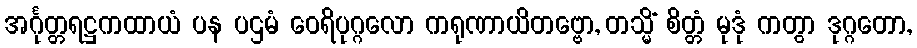
အင်္ဂုတ္တရဋ္ဌကထာယံ ပန ပဌမံ ဝေရိပုဂ္ဂလော ကရုဏာယိတဗ္ဗော, တသ္မိံ စိတ္တံ မုဒုံ ကတွာ ဒုဂ္ဂတော,